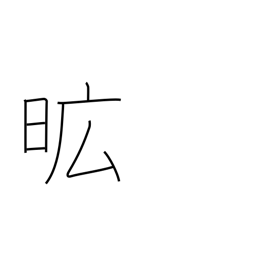
Meaning: extensive